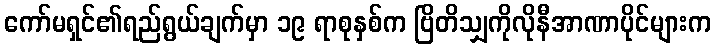
ကော်မရှင်၏ရည်ရွယ်ချက်မှာ ၁၉ ရာစုနှစ်က ဗြိတိသျှကိုလိုနီအာဏာပိုင်များက